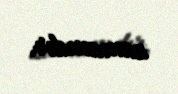
zamanıdır.